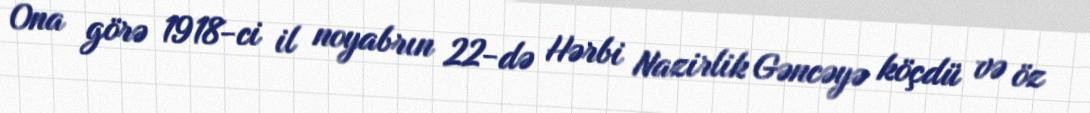
Ona görə 1918-ci il noyabrın 22-də Hərbi Nazirlik Gəncəyə köçdü və öz